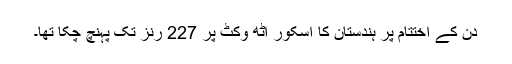
دن کے اختتام پر ہندستان کا اسکور آٹھ وکٹ پر 227 رنز تک پہنچ چکا تھا۔